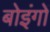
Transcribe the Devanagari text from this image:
बोइंगों